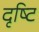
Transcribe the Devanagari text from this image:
दृष्‍टि